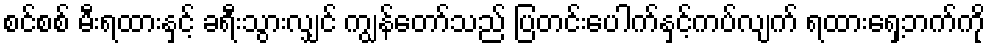
စင်စစ် မီးရထားနှင့် ခရီးသွားလျှင် ကျွန်တော်သည် ပြတင်းပေါက်နှင့်ကပ်လျက် ရထားရှေ့ဘက်ကို